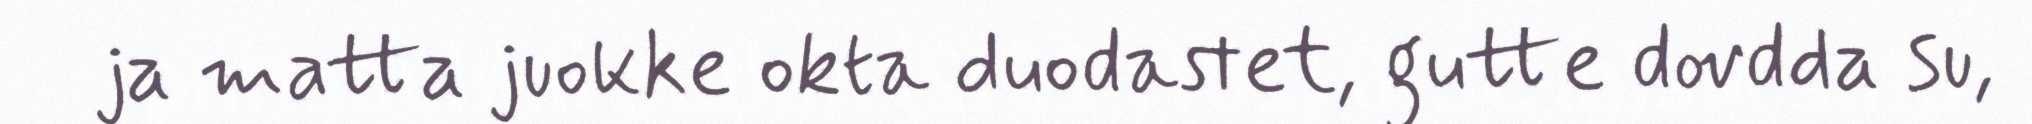
ja matta juokke okta duodastet, gutte dovdda su,